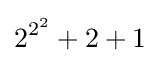
2^{2^{2}}+2+1